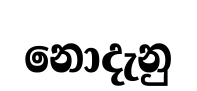
නොදැනු